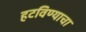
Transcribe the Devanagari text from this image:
हटविण्याचा